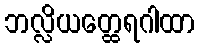
ဘလ္လိယတ္ထေရဂါထာ